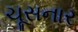
ચૂસનાર